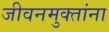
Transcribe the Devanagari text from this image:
जीवनमुक्तांना